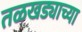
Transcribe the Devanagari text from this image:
तळखड्याच्या